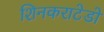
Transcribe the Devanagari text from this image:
शिनकराटेडो